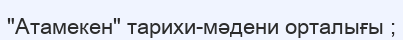
"Атамекен" тарихи-мәдени орталығы ;